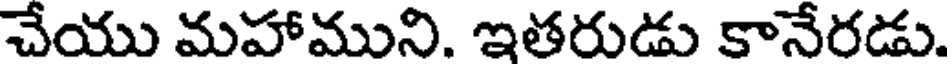
చేయు మహాముని. ఇతరుడు కానేరడు.